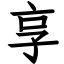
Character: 享